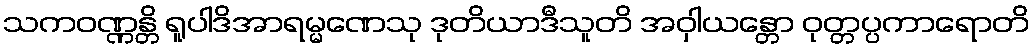
သကဝဏ္ဏန္တိ ရူပါဒိအာရမ္မဏေသု ဒုတိယာဒီသူတိ အဝှါယန္တော ဝုတ္တပ္ပကာရောတိ